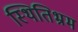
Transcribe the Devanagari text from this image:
स्थितिभ्रम